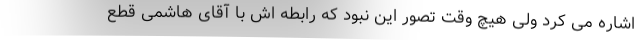
اشاره می کرد ولی هیچ وقت تصور این نبود که رابطه اش با آقای هاشمی قطع